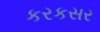
કરકસર